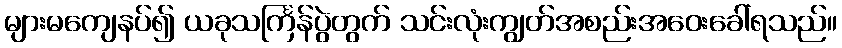
များမကျေနပ်၍ ယခုသင်္ကြန်ပွဲတွက် သင်းလုံးကျွတ်အစည်းအဝေးခေါ်ရသည်။